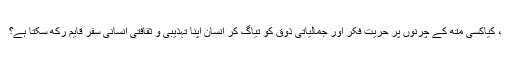
، کیاکسی متھ کے چرنوں پر حریت فکر اور جمالیاتی ذوق کو تیاگ کر انسان اپنا تہذیبی و ثقافتی انسانی سفر قایم رکھ سکتا ہے؟